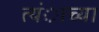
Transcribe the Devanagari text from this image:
त्यंाच्या